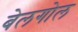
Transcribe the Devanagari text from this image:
बेलगोल